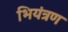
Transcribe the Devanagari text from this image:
भियंत्रण